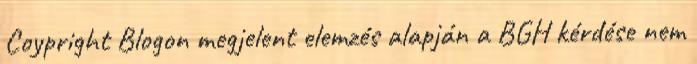
Coypright Blogon megjelent elemzés alapján a BGH kérdése nem